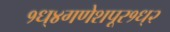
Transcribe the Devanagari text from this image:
१ध्४गणेशपूर१ध्२